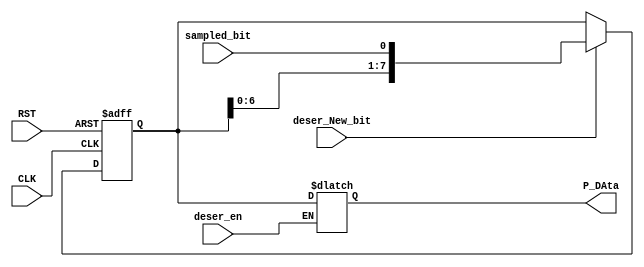

module deserializer (
    input wire sampled_bit,
    input wire deser_en ,
    input wire RST ,
    input wire CLK ,
    input wire deser_New_bit ,
    output reg [7:0] P_DAta

);

    reg [7:0] shift_reg;

   always @(posedge CLK or negedge RST) begin
    if(!RST)
        begin
            shift_reg<=8'b0;
        end
    else
        begin
            if (deser_New_bit) 
                begin
                    shift_reg<={shift_reg,sampled_bit};
                end
            else
                begin
                    shift_reg<=shift_reg;
                end
        end  
   end 


always @(*) begin
        
            if (deser_en) 
                begin
                    P_DAta<=shift_reg;
                end
            else
                begin
                    P_DAta<=P_DAta;
                end
        end  


endmodule